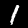
Label: 1